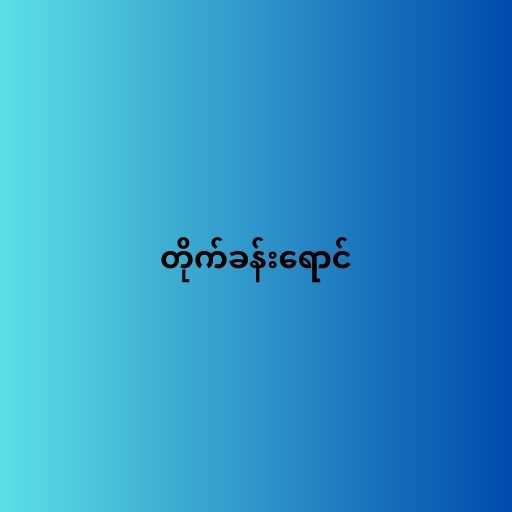
တိုက်ခန်းရောင်